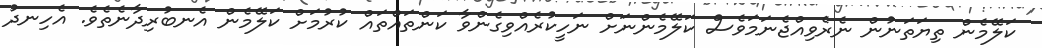
ކަލޭމެން ތިޔަތަނުން ނެރެވިއްޖެނަމަވެސް ކަލޭމެންނަށް ނަހީކުރެއްވިގެންވާ ކަންތައްތައް ކުރުމަށް ކަލޭމެން އެނބުރިދާނެތެވެ. އެހިނދު